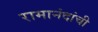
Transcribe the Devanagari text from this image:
रामानंदांची